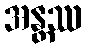
အန္တဿ